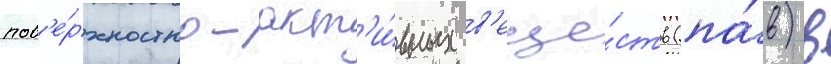
пов'е́рхностно-акт'и́вных в'еще́ств (па́в) в